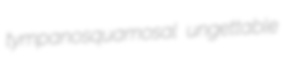
tympanosquamosal ungettable